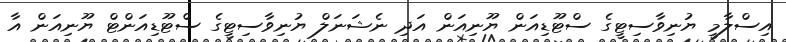
އިސްލާމީ ޔުނިވާސިޓީގެ ސްޓޫޑިއަން ޔޫނިއަން އަދި ނެޝަނަލް ޔުނިވާސިޓީގެ ސްޓޫޑިއަންޓް ޔޫނިއަން އާ